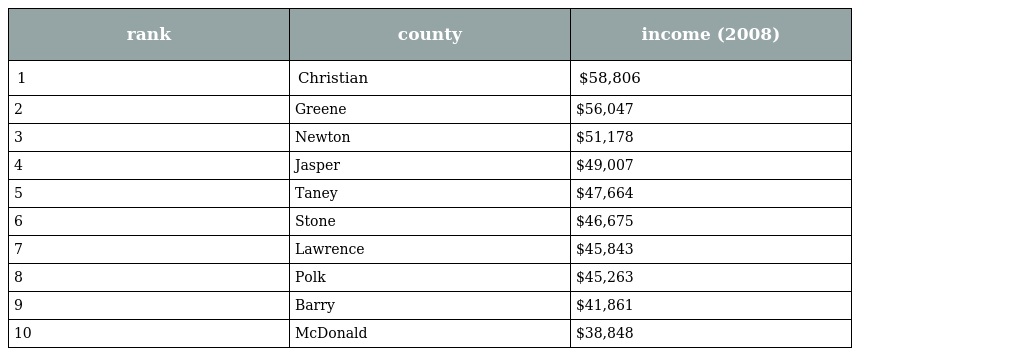
| rank | county | income (2008) |
 | --- | --- | --- |
 | 1 | Christian | $58,806 |
 | 2 | Greene | $56,047 |
 | 3 | Newton | $51,178 |
 | 4 | Jasper | $49,007 |
 | 5 | Taney | $47,664 |
 | 6 | Stone | $46,675 |
 | 7 | Lawrence | $45,843 |
 | 8 | Polk | $45,263 |
 | 9 | Barry | $41,861 |
 | 10 | McDonald | $38,848 |